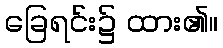
ခြေရင်း၌ ထား၏။